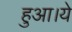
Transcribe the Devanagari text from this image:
हुआ।ये